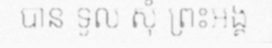
បាន ទូល សុំ ព្រះអង្គ